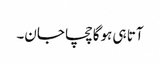
آتا ہی ہوگا چچا جان۔